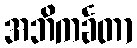
အဘိကင်္ခတာ